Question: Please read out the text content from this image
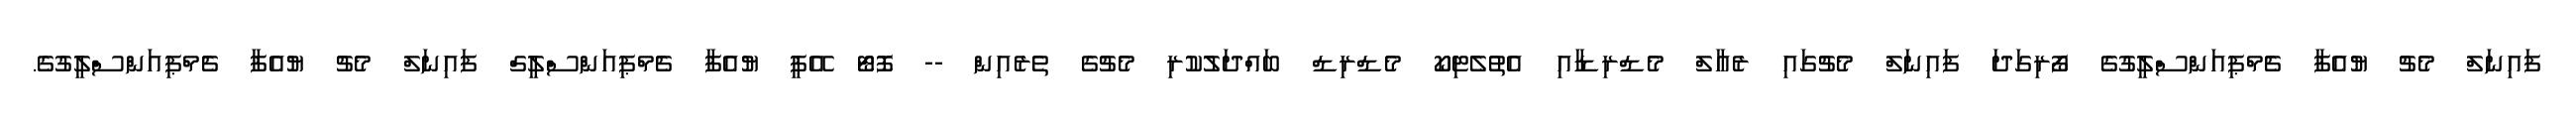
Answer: ފައިނަލް މެޗު ޔުއެފާ ޗެމްޕިއަންސްލީގުގެ ފޯރިގަދަ ފައިނަލް މެޗުގައި ރެއާލް މެޑްރިޑާއި އެތުލެޓިކޯ މެޑްރިޑް ބައްދަލުކުރި މެޗުގެ ތެރެއިން -- ފޮޓޯ އޭޕީ ޔުއެފާ ޗެމްޕިއަންސްލީގް ފައިނަލް މެޗު ޔުއެފާ ޗެމްޕިއަންސްލީގުގެ.